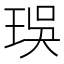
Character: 㻍